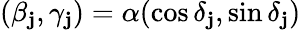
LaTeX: (\beta_{\mathbf{j}},\gamma_{\mathbf{j}})=\alpha(\cos\delta_{\mathbf{j}},\sin\delta_{\mathbf{j}})